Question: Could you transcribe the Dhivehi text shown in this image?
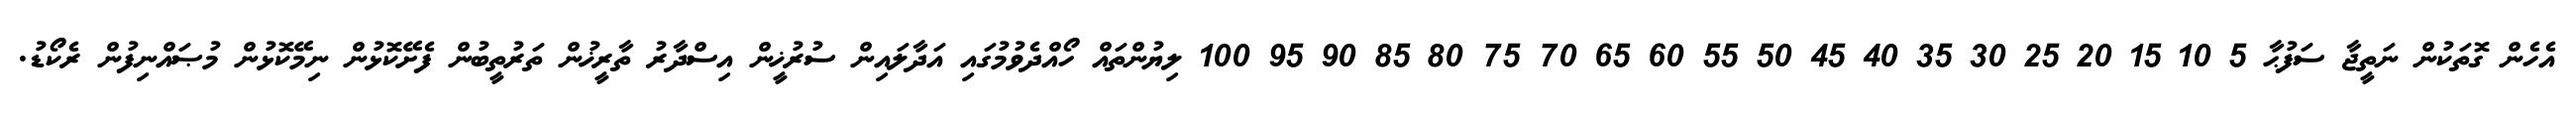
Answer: އެހެން ގޮތަކުން ނަތީޖާ ސަފުޙާ 5 10 15 20 25 30 35 40 45 50 55 60 65 70 75 80 85 90 95 100 ލިޔުންތައް ހޯއްދެވުމުގައި އަދާލައިން ސުރުޚީން އިސްދާރު ތާރީޚުން ތަރުތީބުން ފެށޭކޮޅުން ނިމޭކޮޅުން މުޞައްނިފުން ރެކޯޑު.